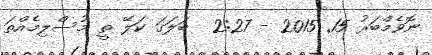
ނޮވެމްބަރު 15